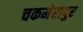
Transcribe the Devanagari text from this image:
चकमेरापुर